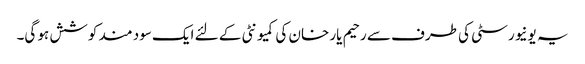
یہ یونیورسٹی کی طرف سے رحیم یار خان کی کمیونٹی کے لئے ایک سود مند کوشش ہو گی۔